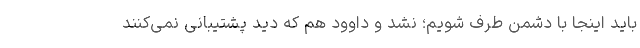
باید اینجا با دشمن طرف شویم؛ نشد و داوود هم که دید پشتیبانی نمی‌کنند